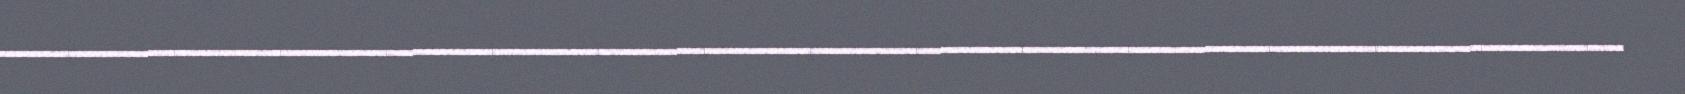
______________________________________________